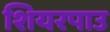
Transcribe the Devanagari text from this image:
शियरपाउ